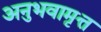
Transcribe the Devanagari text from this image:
अनुभवामृत्त